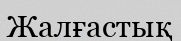
Жалғастық